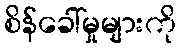
စိန်ခေါ်မှုများကို